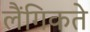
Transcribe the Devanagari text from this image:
लैंगिकते